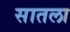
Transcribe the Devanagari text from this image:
सातला